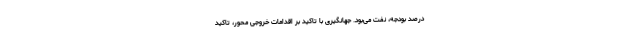
درصد بودجه، نفت می‌بود. جهانگیری با تاکید بر اقدامات خروجی محور، تاکید